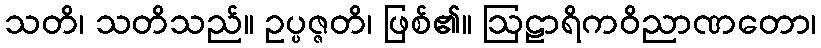
သတိ၊ သတိသည်။ ဥပ္ပဇ္ဇတိ၊ ဖြစ်၏။ ဩဠာရိကဝိညာဏတော၊